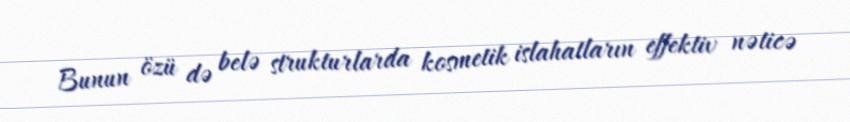
Bunun özü də belə strukturlarda kosmetik islahatların effektiv nəticə